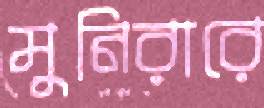
মুনিরারে